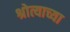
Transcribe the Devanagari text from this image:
श्रोत्याच्या